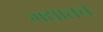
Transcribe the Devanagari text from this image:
गद्यातच